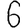
Digit: 6